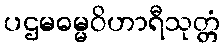
ပဌမဓမ္မဝိဟာရီသုတ္တံ